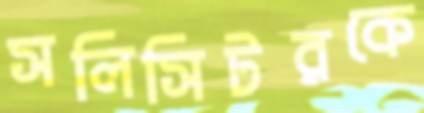
সলিসিটরকে